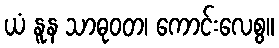
ယံ နူန သာဓုဝတ၊ ကောင်းလေစွ။